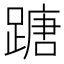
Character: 𨃠